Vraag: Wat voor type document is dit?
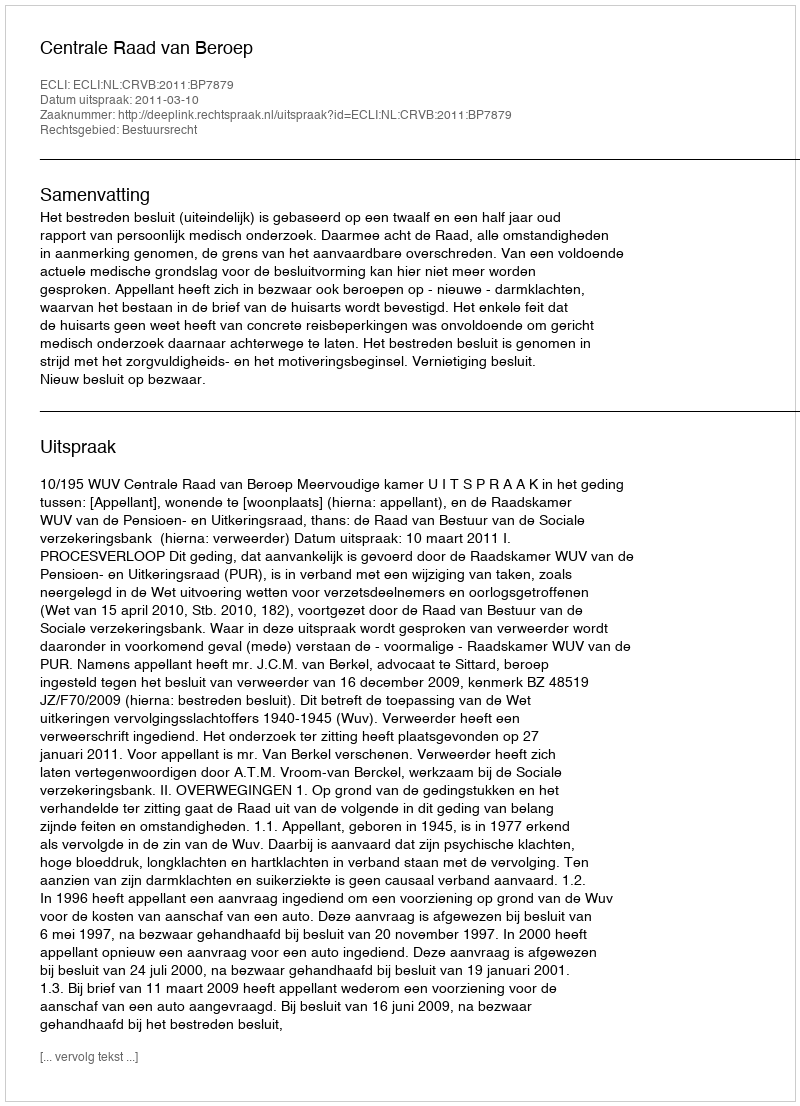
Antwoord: Uitspraak